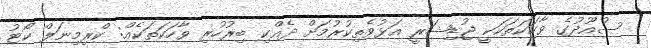
ސުއޫދުގެ ވާހަކަތަކަކީ ޖުޑިޝަރީ އަޅުވެތިކުރުމަށް ދެއްކި ބިރުހުރި ވާހަކަތަކެއް: ކްރިމިނަލް ކޯޓު